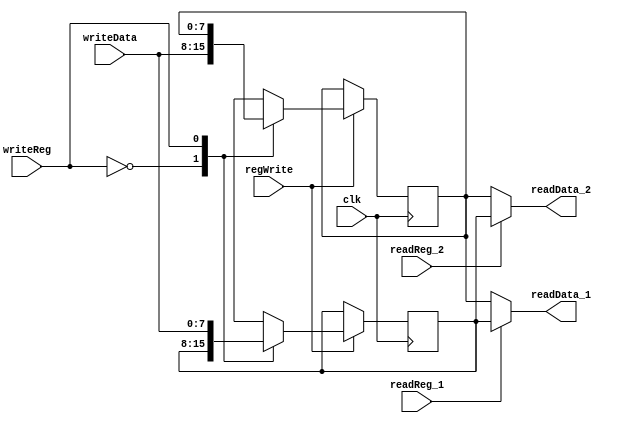
`timescale 1ns / 1ps

module register_file(input readReg_1, input readReg_2, input regWrite, input writeReg, input [7:0] writeData, output [7:0] readData_1, output [7:0] readData_2, input clk);

    /* 8-bit registers $s0, $s1 */
    reg [7:0] s0, s1;
    
    initial
        begin
            s0 = 0;
            s1 = 0;
        end

    /* read from registers */
    assign readData_1 = readReg_1 ? s1 : s0;
    assign readData_2 = readReg_2 ? s1 : s0;

    /* write to register */
    always@(posedge clk)
        begin
            if(regWrite) case(writeReg)
                0: s0 = writeData;
                1: s1 = writeData;
            endcase
        end

endmodule

module tb_register_file();

    reg readReg_1, readReg_2, regWrite, writeReg;
    reg [7:0] writeData;
    wire [7:0] readData_1, readData_2;
    reg clk;
    
    register_file regFile(readReg_1, readReg_2, regWrite, writeReg, writeData, readData_1, readData_2, clk);
    
    initial
        begin
            #0 clk = 0;
            
            /* null input */
            readReg_1 = 0;
            readReg_2 = 0;
            regWrite = 0;
            writeReg = 0;
            writeData = 0;
            
            #10 clk = ~clk;
            #10 clk = ~clk;
            
            /* assign $s0 */
            readReg_1 = 0;
            readReg_2 = 0;
            regWrite = 1;
            writeReg = 0;
            writeData = 'b00001111;
            
            
            #10 clk = ~clk;
            #10 clk = ~clk;
            readReg_1 = 0;
            readReg_2 = 1;
            regWrite = 0;
            writeReg = 0;
            writeData = 0;
            
            
            #10 clk = ~clk;
            #10 clk = ~clk;
            
            /* assign $s1 */
            readReg_1 = 0;
            readReg_2 = 1;
            regWrite = 1;
            writeReg = 1;
            writeData = 'b11110000;
            
            
            #10 clk = ~clk;
            #10 clk = ~clk;
            
            /* read only $s1 */
            readReg_1 = 0;
            readReg_2 = 1;
            regWrite = 0;
            writeReg = 0;
            writeData = 0;
            
            #10 clk = ~clk;
            #10 clk = ~clk;
            
            $finish;
        end
    
    initial
        begin
            #10 $display();
            $display("clk readReg_1   readReg_2   regWrite   writeReg   writeData | readData_1   readData_2");
            //$monitor(" 0     0       0           0          0          0       00000000  |  00000000     00000000  | notes...");
            $monitor(" %b      %b           %b          %b          %b       %b  |  %b     %b  ", clk, readReg_1, readReg_2, regWrite, writeReg, writeData, readData_1, readData_2);
        end

endmodule